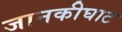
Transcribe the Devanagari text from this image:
जानकीघाट